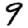
Digit: 9